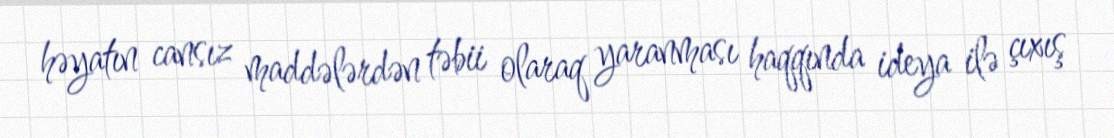
həyatın cansız maddələrdən təbii olaraq yaranması haqqında ideya ilə çıxış